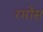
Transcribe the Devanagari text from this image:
रमोंस